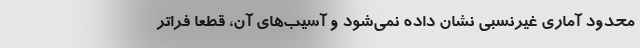
محدود آماریِ غیرنسبی نشان داده نمی‌شود و آسیب‌های آن، قطعاً فراتر